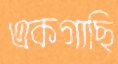
একগাছি